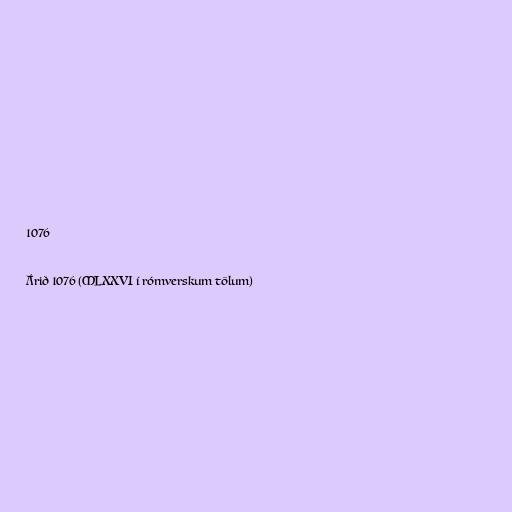
1076

Árið 1076 (MLXXVI í rómverskum tölum)